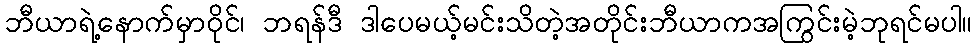
ဘီယာရဲ့နောက်မှာဝိုင်၊ ဘရန်ဒီ ဒါပေမယ့်မင်းသိတဲ့အတိုင်းဘီယာကအကြွင်းမဲ့ဘုရင်မပါ။